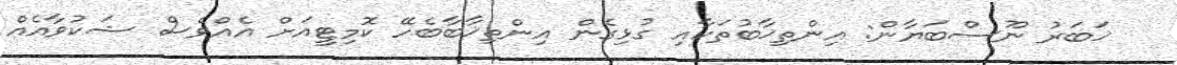
ޚަބަރު ނޫސްބަޔާން: އިންތިޚާބުތަކާއި ގުޅިގެން އިންތިޚާބާބެހޭ ކޮމިޓީއަށް އެއްވެސް ޝަކުވާއެއް